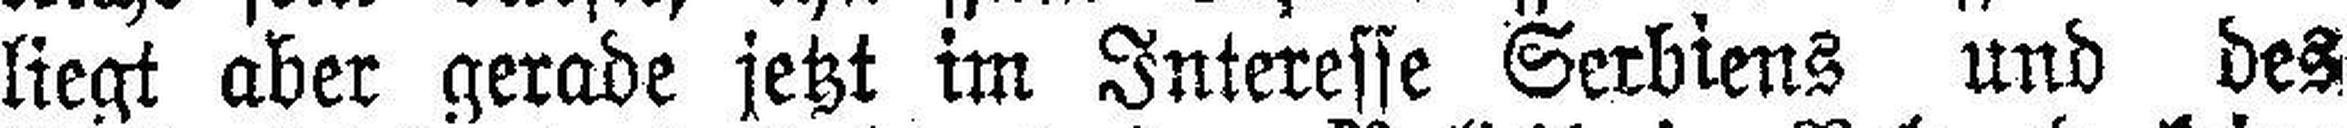
liegt aber gerade jetzt im Interesse Serbiens und des